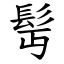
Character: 髩